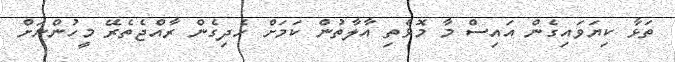
ތަޅާ ކިޔަވައިގެން އައިސް މާ މޮޅެތި އާލާތުން ކަމަށް ހެދިގެން ރާއްޖެތެރޭ މީހުންނަށް